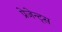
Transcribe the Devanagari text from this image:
प्रेजेन्ट्स